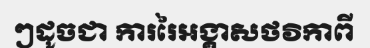
ៗដូចជា ការរៃអង្គាសថវិកាពី